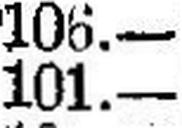
101.—